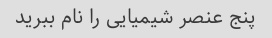
پنج عنصر شیمیایی را نام ببرید